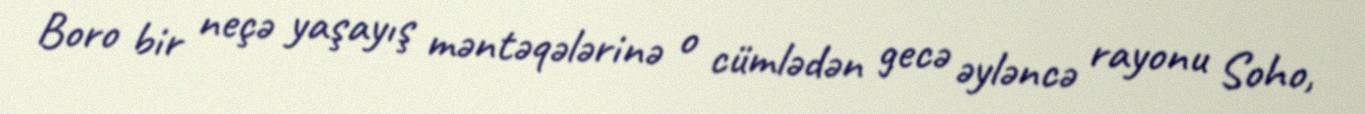
Boro bir neçə yaşayış məntəqələrinə o cümlədən gecə əyləncə rayonu Soho,